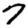
Digit: 7